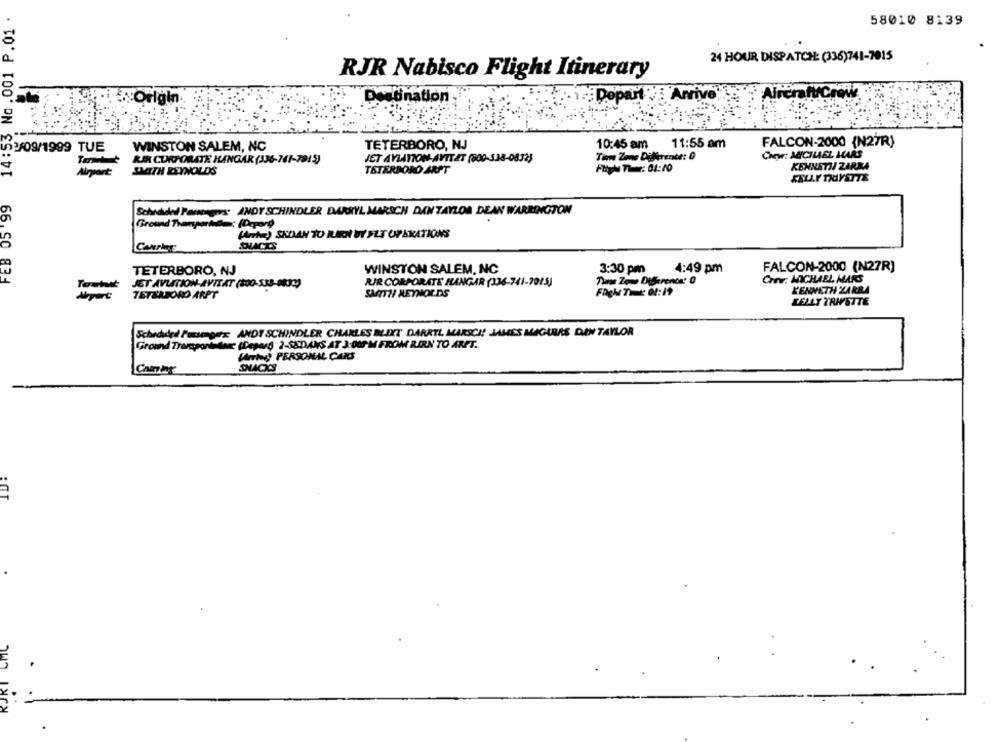
14:53 No .001 P.01 .
58010 8139
24 HOUR DISPATCH: (336)741-7015
RJR Nabisco Flight Itinerary
Priv
AircraftCrowe
"Origin
Destination
12/09/1999 TUE
WINSTON SALEM, NC
TETERBORO, NJ
10:45 am
11:55 am
FALCON-2000 {N27R)
Chew: AUCHLAEL HARS
RIR CORPORATE HANGAR (336-161-7915)
JET AVIATION-AVTTET (800-538-0832)
Tinn Zone Diferente: 0
SMITH REYNOLDS
TETERBORO ARPT
Fligh Timer: 01:10
KENNETH ZARRA
FEB 05 '99
Schraided Panengers: ANDY SCHINDLER DARRYL MARSCH DAN TAYLOR DEAN WARRINGTON
Ground Thanportudent (Deport)
(rrhe) SKDAN TO RICH UY FLT OPERATIONS
FALCON-2000 (N27R)
TETERBORO, NJ
WINSTON SALEM, NC
3:30 pm
4:49 pm
JET AVUITION AVITAT (100-533-98333
RIR CORPORATE HANGAR (336-741-7015)
The Zone Difference: 0
Con: MICHAEL MARS
Toutwet
KENNETH ZARRA
Airport
TETERBORO ARPT
SAMTTH REYNOLDS
KELLY TRAYSITE
Scheduled Postgers: ANDY SCHINDLER CHARLES BLIXT DARRYL MARSCH! JAMES MAGARAS DAN TAYLOR
Ground Transportstare (Depard 2-SEDANS AT 3:00PM FROM RIRN TO ART.
WrTiny PERSONAL CARS
DUCKS
:OT
KORT CMC